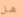
هل